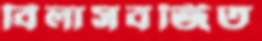
বিলাসবর্জিত